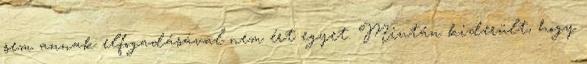
sem annak elfogadásával nem ért egyet. Miután kiderült, hogy